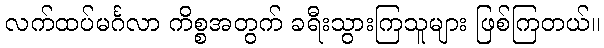
လက်ထပ်မင်္ဂလာ ကိစ္စအတွက် ခရီးသွားကြသူများ ဖြစ်ကြတယ်။